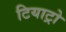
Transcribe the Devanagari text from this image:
टियाट्रो